Reports on dispensaries and lunatic asylums in the Province of Oudh - 1869-1876
Year: 1869
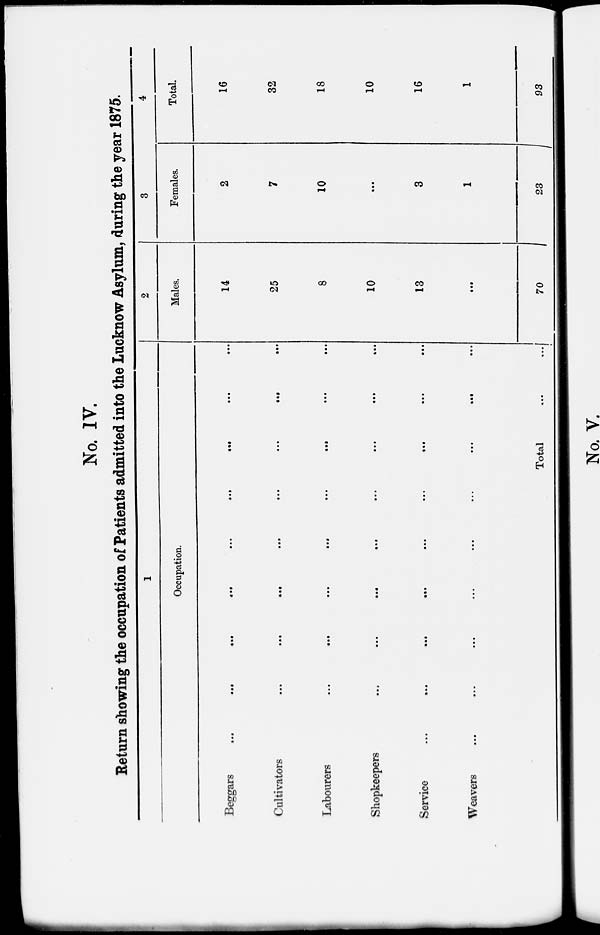
No. IV.
Return showing the occupation of Patients admitted into the Lucknow Asylum, during the year 1875.
1
Occupation.
Beggars … … … … … … … … …
Cultivators … … … … … … … …
Labourers
…
…
…
…
…
…
…
…
Shopkeepers … … … … … … … …
Service … … … … … … … … …
Weavers … … … … … … … … …
Total
...
...
2
Males.
14
25
8
10
13
…
70
3
Females.
2
7
10
…
3
1
23
4
Total.
16
32
18
10
16
1
93